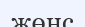
жөнс